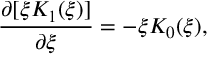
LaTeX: \frac { \partial [ \xi K _ { 1 } ( \xi ) ] } { \partial \xi } = - \xi K _ { 0 } ( \xi ) ,